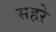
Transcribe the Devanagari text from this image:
सहरे